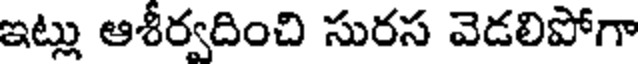
ఇట్లు ఆశీర్వదించి సురస వెడలిపోగా